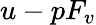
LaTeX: u-pF_{v}